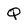
Character: Q